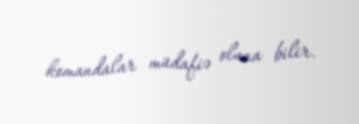
komandalar müdafiə oluna bilir.